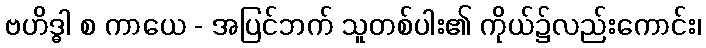
ဗဟိဒ္ဓါ စ ကာယေ - အပြင်ဘက် သူတစ်ပါး၏ ကိုယ်၌လည်းကောင်း၊